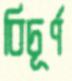
বিচূর্ণ